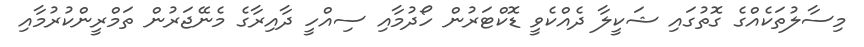
މިސާލުތަކެއްގެ ގޮތުގައި ޝަކީލާ ދެއްކެވީ ޑޮކްޓަރުން ހޯދުމާއި ސިއްހީ ދާއިރާގެ މެނޭޖަރުން ތަމްރީންކުރުމާއި